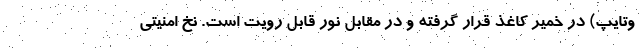
وتایپ) در خمیر کاغذ قرار گرفته و در مقابل نور قابل رویت است. نخ امنیتی